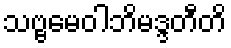
သဗ္ဗမေဝါဘိမဒ္ဒတီတိ